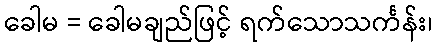
ခေါမ = ခေါမချည်ဖြင့် ရက်သောသင်္ကန်း၊